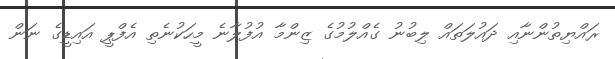
ރައްޔިތުންނާއި ދައުލަތައް ލިބުނު ގެއްލުމުގެ ޒިންމާ އުފުލާނެ މީހަކުނެތި އެފްޕީ އައިޑީގެ ނަން